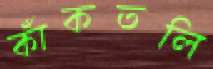
কাঁকতলি